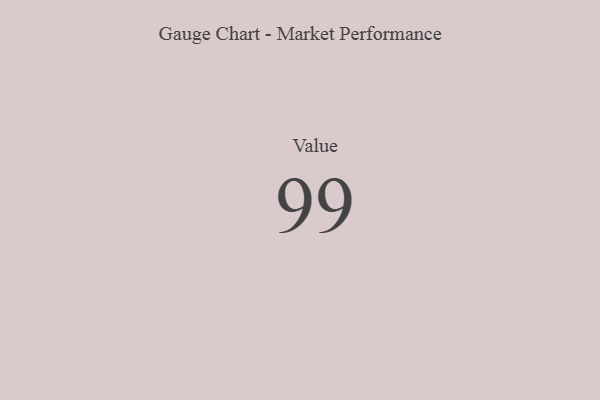
{"axis": {"x": "Metric", "y": "Value"}, "legend": [""], "data": [{"x": "Value", "y": 99, "type": ""}]}